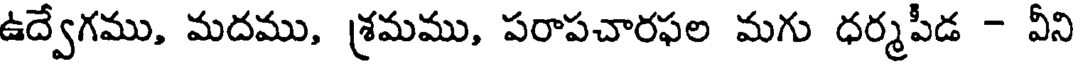
ఉద్వేగము, మదము, శ్రమము, పరాపచారఫల మగు ధర్మపీడ - వీని